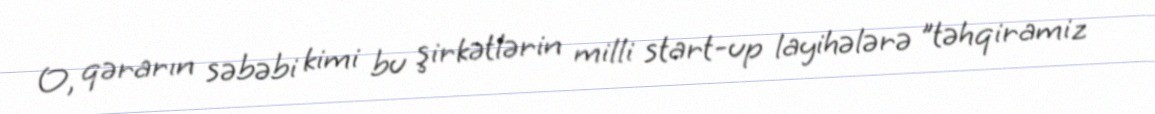
O, qərarın səbəbi kimi bu şirkətlərin milli start-up layihələrə "təhqiramiz